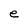
Character: e